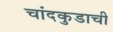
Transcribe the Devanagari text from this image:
चांदकुडाची